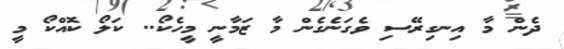
ދެން މާ އިނގިރޭސި ވެގަނެގެން މާ ޒަމާނީ މީހެކޯ.. ކަލޯ ކޮއްކޯ މީ